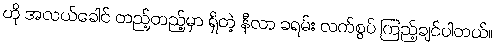
ဟို အလယ်ခေါင် တည့်တည့်မှာ ရှိတဲ့ နီလာ ခရမ်း လက်စွပ် ကြည့်ချင်ပါတယ်။